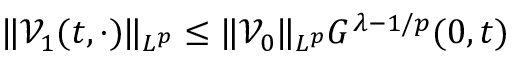
\| \mathcal { V } _ { 1 } ( t , \cdot ) \| _ { L ^ { p } } \leq \| \mathcal { V } _ { 0 } \| _ { L ^ { p } } G ^ { \lambda - 1 / p } ( 0 , t )